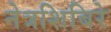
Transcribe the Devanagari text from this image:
नेत्रशिबिरे